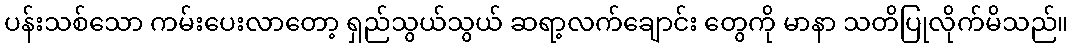
ပန်းသစ်သော ကမ်းပေးလာတော့ ရှည်သွယ်သွယ် ဆရာ့လက်ချောင်း တွေကို မာနာ သတိပြုလိုက်မိသည်။